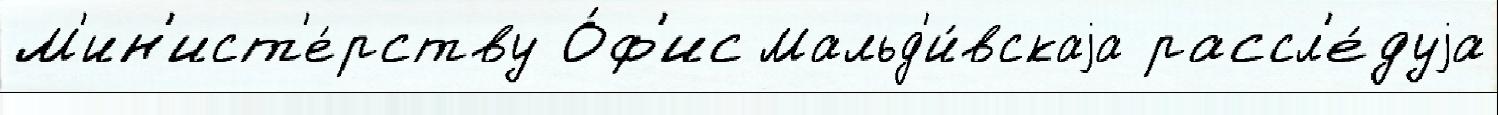
М'ин'ист'е́рству О́ф'ис Мальд'и́вскаjа рассл'е́дуjа